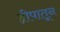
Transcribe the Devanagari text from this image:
द्वीपातून